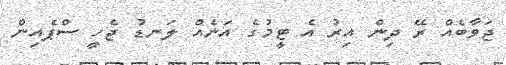
ޖަވާބެއް ރޭ ދިން އިރު އެ ޓީމުގެ އަނެއް ލަނޑު ޖެހީ ސްޕެއިން